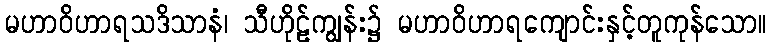
မဟာဝိဟာရသဒိသာနံ၊ သီဟိုဠ်ကျွန်း၌ မဟာဝိဟာရကျောင်းနှင့်တူကုန်သော။